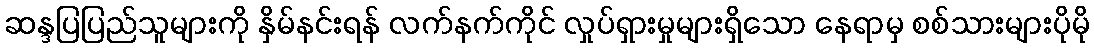
ဆန္ဒပြပြည်သူများကို နှိမ်နင်းရန် လက်နက်ကိုင် လှုပ်ရှားမှုများရှိသော နေရာမှ စစ်သားများပိုမို